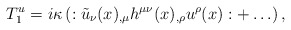
\begin{align*}T_{1}^{u}=i\kappa\left(:\tilde{u}_{\nu}(x)_{,\mu} h^{\mu\nu}(x)_{,\rho} u^{\rho}(x):+\ldots\right),\end{align*}